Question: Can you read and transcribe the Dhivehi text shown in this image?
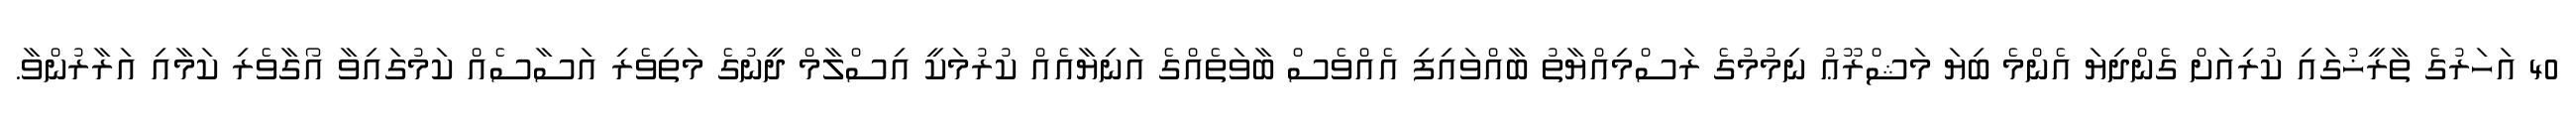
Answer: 40 އަހަރުގެ ތާރީޚުގައި ކުރިއަށް ގެންދިޔަ އެންމެ ބިޔަ މަޝްރޫޢު ނިމުމުގެ ރަސްމިއްޔާތު ބާއްވައިފި އެއްވެސް ބާވަތެއްގެ އަނިޔާއެއް ކުރުމަކީ އިސްލާމް ދީނުގެ މަތިވެރި އަސާސެއް ކަމުގައިވާ އޯގާވެރި ކަމާއި އަރާރުންވާ.